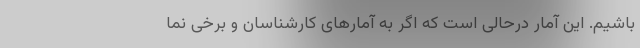
باشیم. این آمار درحالی است که اگر به آمارهای کارشناسان و برخی نما